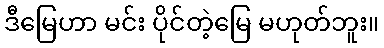
ဒီမြေဟာ မင်း ပိုင်တဲ့မြေ မဟုတ်ဘူး။